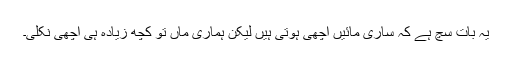
یہ بات سچ ہے کہ ساری مائیں اچھی ہوتی ہیں لیکن ہماری ماں تو کچھ زیادہ ہی اچھی نکلی۔